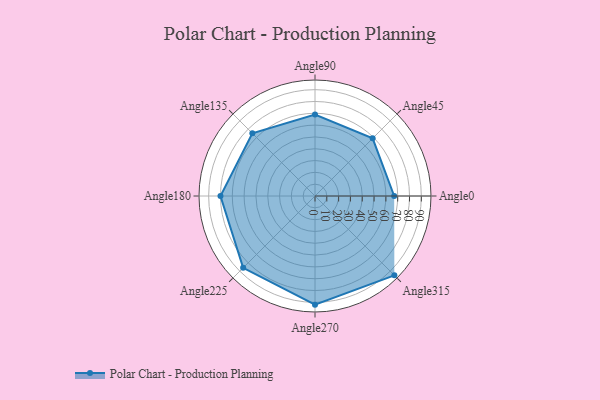
{"axis": {"x": "Angle", "y": "Radius"}, "legend": [""], "data": [{"x": "Angle0", "y": 67.0, "type": ""}, {"x": "Angle45", "y": 69.0, "type": ""}, {"x": "Angle90", "y": 69.0, "type": ""}, {"x": "Angle135", "y": 75.0, "type": ""}, {"x": "Angle180", "y": 80.0, "type": ""}, {"x": "Angle225", "y": 86.0, "type": ""}, {"x": "Angle270", "y": 92.0, "type": ""}, {"x": "Angle315", "y": 95.0, "type": ""}]}